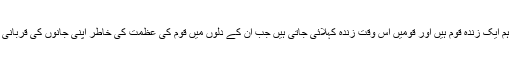
مقرّ رین نے کہا کہ ہم ایک زندہ قوم ہیں اور قومیں اُس وقت زندہ کہلائی جاتی ہیں جب اُن کے دلوں میں قوم کی عظمت کی خاطر اپنی جانوں کی قربانی کا جذبہ موجزن ہو ۔